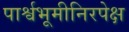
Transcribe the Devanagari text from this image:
पार्श्वभूमीनिरपेक्ष